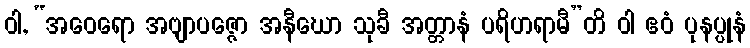
ဝါ, “အဝေရော အဗျာပဇ္ဇော အနီဃော သုခီ အတ္တာနံ ပရိဟရာမီ”တိ ဝါ ဧဝံ ပုနပ္ပုနံ